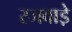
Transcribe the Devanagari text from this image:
रजवाडे़